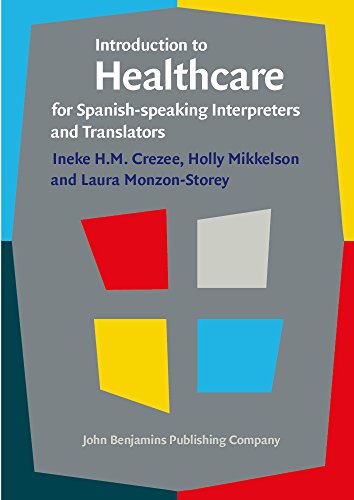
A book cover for Introduction to Healthcare for Spanish-speaking Interpreters and Translators; Ineke H.M. Crezee; Reference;